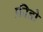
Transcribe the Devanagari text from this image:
फ़ीडो